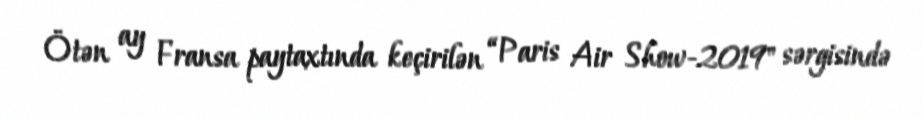
Ötən ay Fransa paytaxtında keçirilən “Paris Air Show-2019" sərgisində